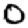
Digit: 0